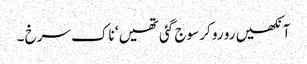
آنکھیں رو رو کر سوج گئی تھیں ‘ ناک سرخ ۔